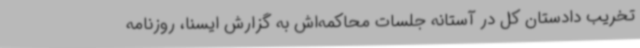
تخریب دادستان کل در آستانه جلسات محاکمه‌اش به گزارش ایسنا، روزنامه